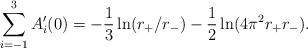
LaTeX: \begin{align*}\sum_{i=-1}^{3}A_{i}'(0)= -{1\over 3}\ln(r_{+}/r_{-})-{1\over 2}\ln(4\pi^{2}r_{+}r_{-}).\end{align*}